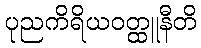
ပုညကိရိယဝတ္ထူနီတိ